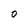
Character: 0